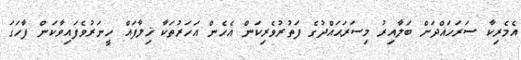
އެމެރިކާ ސަރަހައްދަށް ބަލާއިރު މިސަރަޙައްދުގެ ފަތުރުވެރިކަން އެހެން އަހަރުތަކާ ޚިލާފައް ހީނަރުވެފައިވާކަން ފާހަގަ